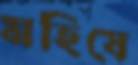
মহিষে